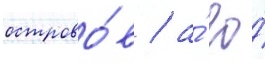
острово́в / а́ ео́